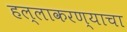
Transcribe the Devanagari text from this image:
हल्लाकरण्याचा